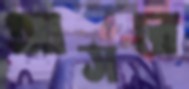
আসরে